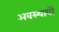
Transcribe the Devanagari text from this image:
अवस्थावों